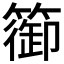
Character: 篽